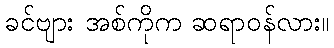
ခင်ဗျား အစ်ကိုက ဆရာဝန်လား။